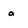
Character: a